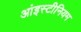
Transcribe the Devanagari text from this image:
आंइस्टीनियम